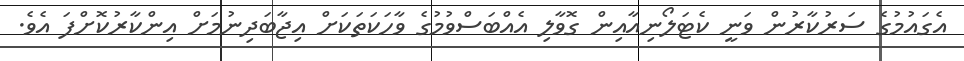
އެގައުމުގެ ސަރުކާރުން ވަނީ ކެޓަލޯނިއާއިން ގޮވާލި އެއްބަސްވުމުގެ ވާހަކަތަކަށް އިޖާބަދިނުމަށް އިންކާރުކޮށްފަ އެވެ.